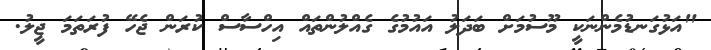
"އަޅުގަނޑުމެންނަކީ މޫސުމަށް ބަދަލު އައުމުގެ ގެއްލުންތައް އިހްސާސް ކުރަން ޖެހޭ ފުރަތަމަ ޖީލު.